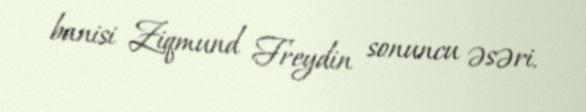
banisi Ziqmund Freydin sonuncu əsəri.